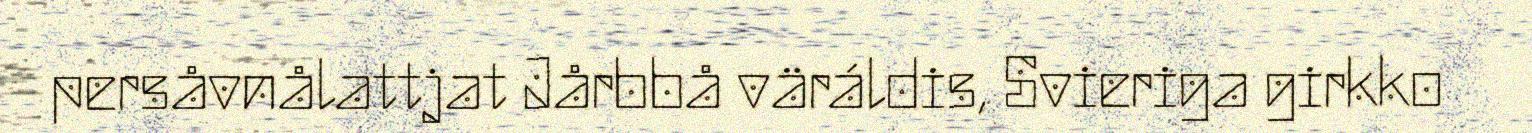
persåvnålattjat Jårbbå väráldis, Svieriga girkko